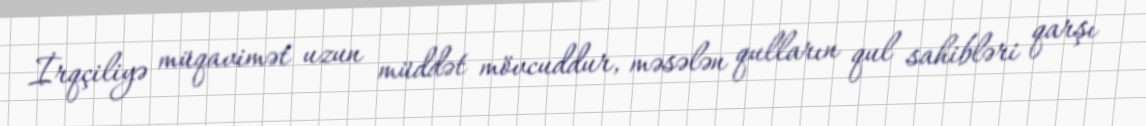
İrqçiliyə müqavimət uzun müddət mövcuddur, məsələn qulların qul sahibləri qarşı